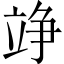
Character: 竫